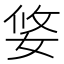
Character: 㛜